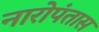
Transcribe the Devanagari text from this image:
नारोपंतास